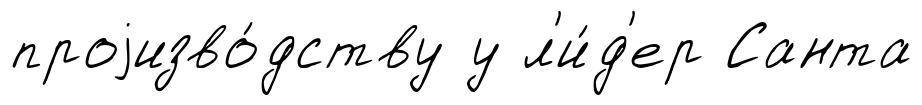
проjизво́дству у л'и́д'ер Санта